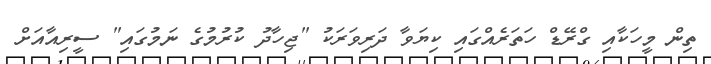
ތިން މީހަކާއި ގްރޭޑް ހަތަރެއްގައި ކިޔަވާ ދަރިވަރަކު "ޖިހާދު ކުރުމުގެ ނަމުގައި" ސީރިއާއަށް